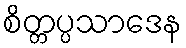
စိတ္တပ္ပသာဒေန